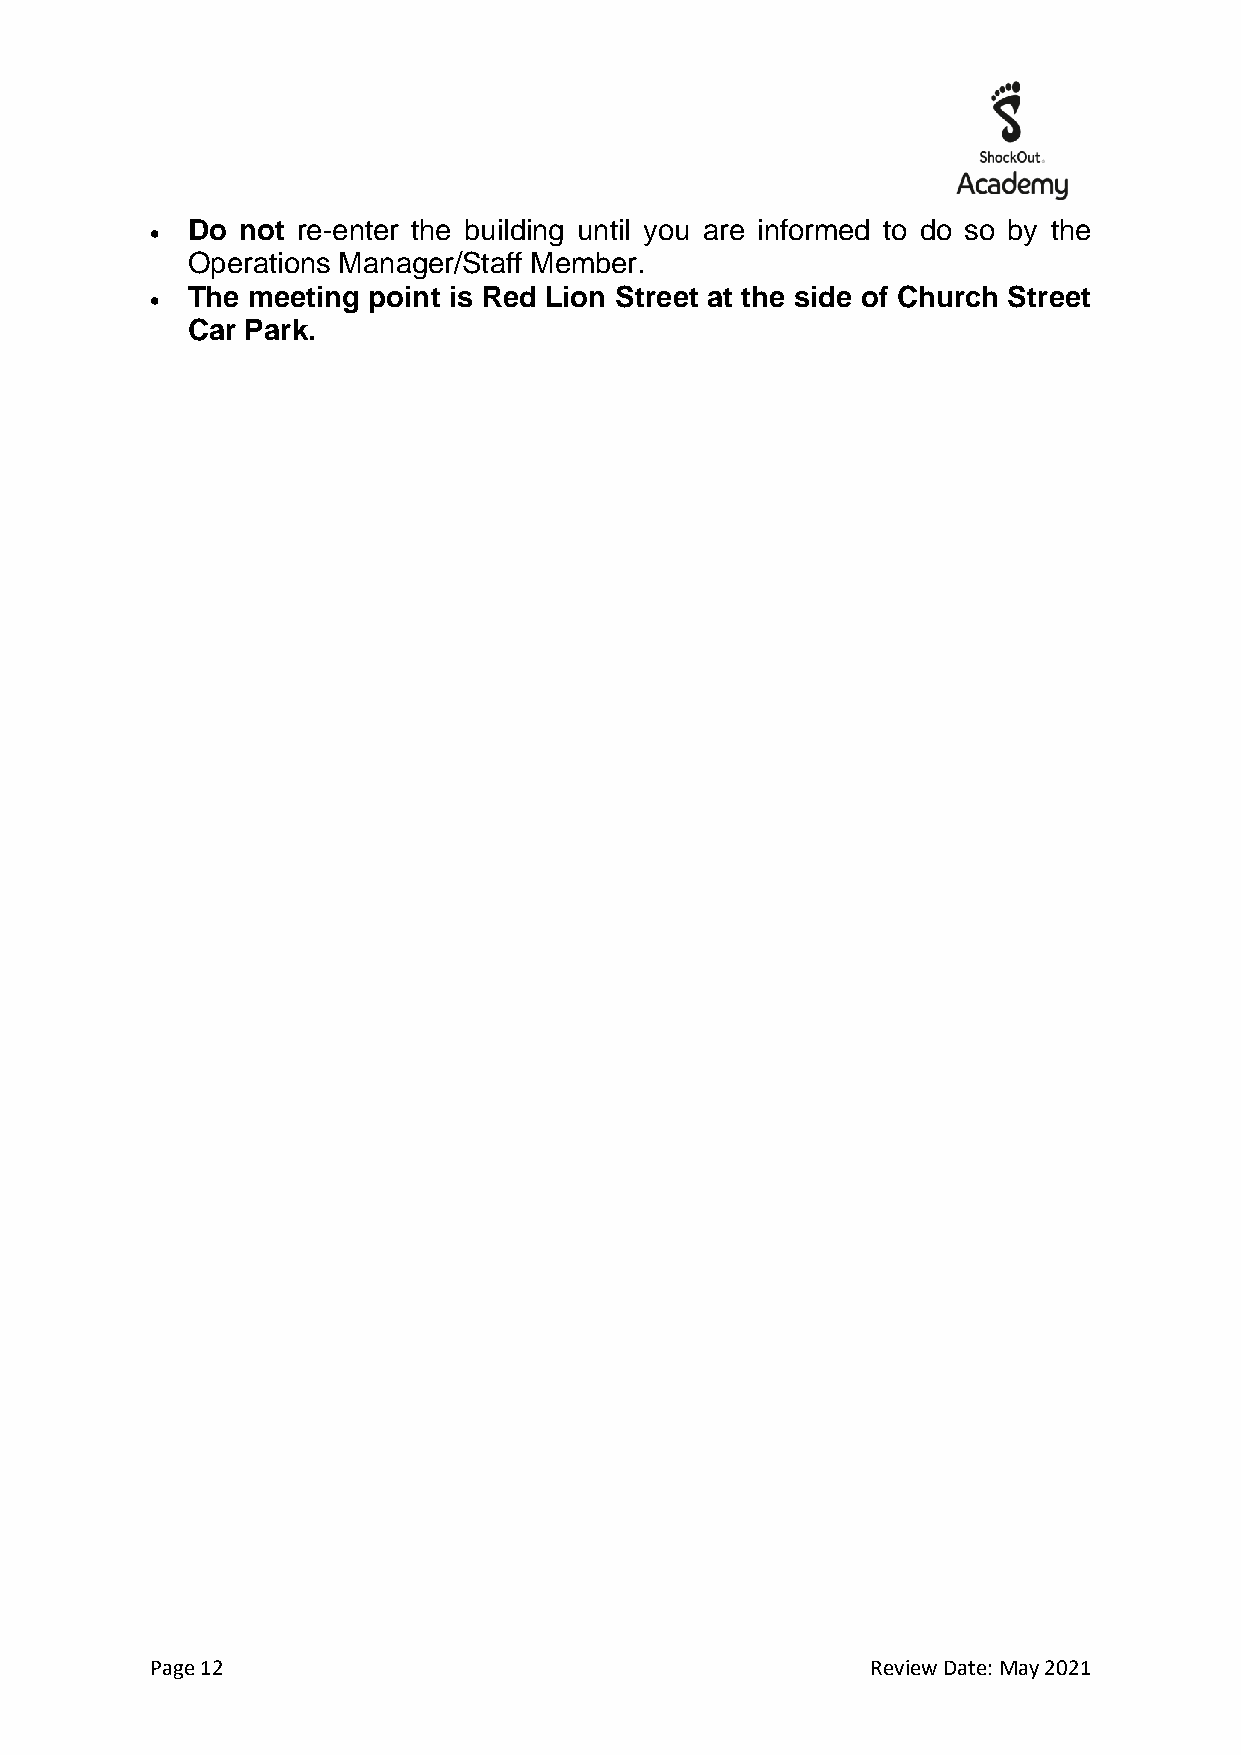
Do  not re-enter the building until you are informed to do so by the
 •
 Operations Manager/Staff Member.
 The meeting point is Red Lion Street at the side of Church Street
 •
 Car Park.
 Page 12                                         Review Date: May 2021